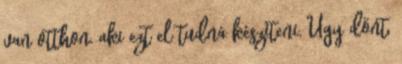
van otthon, aki ezt el tudná készíteni. Úgy dönt,